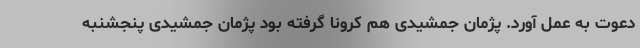
دعوت به عمل آورد. پژمان جمشیدی هم کرونا گرفته بود پژمان جمشیدی پنجشنبه